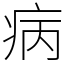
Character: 病